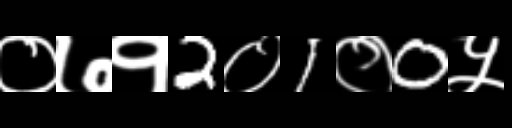
Text: ०७१2०1०0५